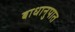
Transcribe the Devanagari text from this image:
बाधानुपात